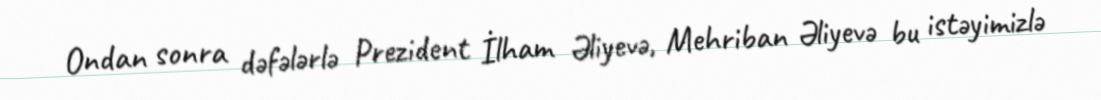
Ondan sonra dəfələrlə Prezident İlham Əliyevə, Mehriban Əliyevə bu istəyimizlə